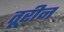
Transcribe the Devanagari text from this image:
तूरीन